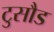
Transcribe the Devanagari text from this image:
टुसौड